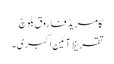
کامریڈ فاروق بلوچ
تقریظِ آئینِ اکبری۔